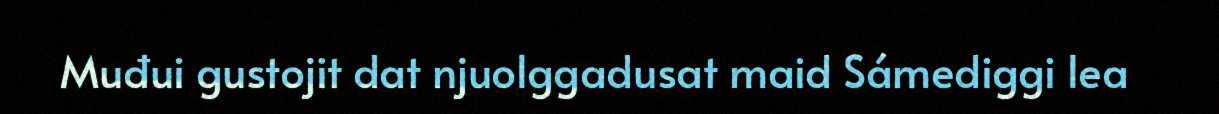
Muđui gustojit dat njuolggadusat maid Sámediggi lea